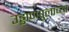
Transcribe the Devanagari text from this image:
उड्डाणपुलाच्या